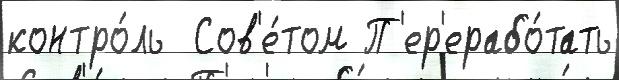
контро́ль  Сов'е́том П'ер'ерабо́тать